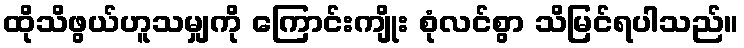
ထိုသိဖွယ်ဟူသမျှကို ကြောင်းကျိုး စုံလင်စွာ သိမြင်ရပါသည်။